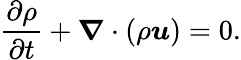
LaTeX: \frac{\partial\rho}{\partial t}+\boldsymbol{\nabla}\cdot(\rho\boldsymbol{u})=0.